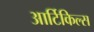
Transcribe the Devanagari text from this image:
आर्टिकिल्स